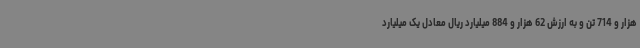
هزار و 714 تن و به ارزش 62 هزار و 884 میلیارد ریال معادل یک میلیارد